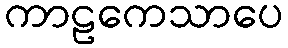
ကာဠကေသာပေ